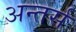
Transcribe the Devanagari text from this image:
अन्तर्स